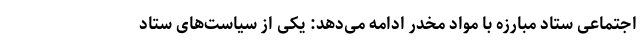
اجتماعی ستاد مبارزه با مواد مخدر ادامه می‌دهد: یکی از سیاست‌های ستاد